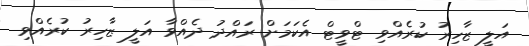
އަލީ ޒާހިރު ކުރެއްވި ޓްވީޓް އެކަމަށް ރައްދު ދެއްވާ އަލީ ޒާހިރު ކުރެއްވި